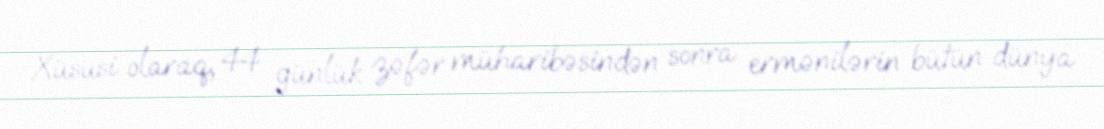
Xüsusi olaraq, 44 günlük zəfər müharibəsindən sonra ermənilərin bütün dünya